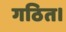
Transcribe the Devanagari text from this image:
गठित।